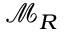
{ \mathcal { M } } _ { R }